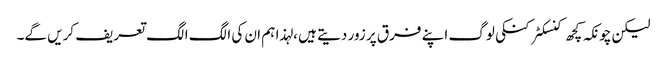
لیکن چونکہ کچھ کنسکٹر کنکی لوگ اپنے فرق پر زور دیتے ہیں ، لہذا ہم ان کی الگ الگ تعریف کریں گے۔